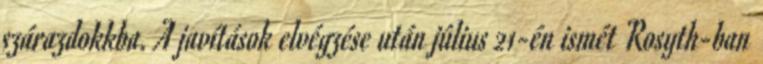
szárazdokkba. A javítások elvégzése után július 21-én ismét Rosyth-ban